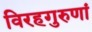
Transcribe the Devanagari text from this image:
विरहगुरुणां